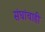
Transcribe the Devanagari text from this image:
संघांचाही